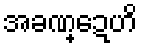
အခဏ္ဍေဟိ